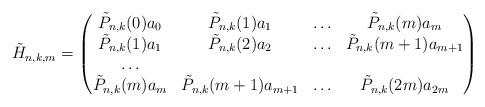
LaTeX: \begin{align*}\tilde{H}_{n,k,m}=\begin{pmatrix} \tilde{P}_{n,k}(0)a_0 & \tilde{P}_{n,k}(1)a_{1} & \ldots & \tilde{P}_{n,k}(m)a_{m} \\\tilde{P}_{n,k}(1)a_{1} & \tilde{P}_{n,k}(2)a_{2} &\ldots & \tilde{P}_{n,k}(m+1)a_{m+1} \\ \ldots \\ \tilde{P}_{n,k}(m)a_{m} & \tilde{P}_{n,k}(m+1)a_{m+1} &\ldots & \tilde{P}_{n,k}(2m)a_{2m} \end{pmatrix}\end{align*}